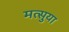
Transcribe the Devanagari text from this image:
मत्सुया